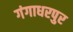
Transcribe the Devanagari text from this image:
गंगाधरपुर